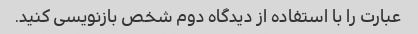
عبارت را با استفاده از دیدگاه دوم شخص بازنویسی کنید.